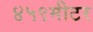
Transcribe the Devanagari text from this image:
४५९मीटर